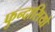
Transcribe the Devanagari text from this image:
फुन्दासियो